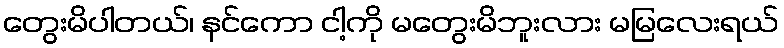
တွေးမိပါတယ်၊ နင်ကော ငါ့ကို မတွေးမိဘူးလား မမြလေးရယ်